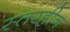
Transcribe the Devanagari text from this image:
स्तरहीन